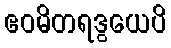
ဧဝမိတရဒွယေပိ